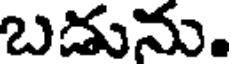
బడును.